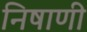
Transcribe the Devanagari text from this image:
निषाणी